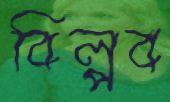
বিল্পব